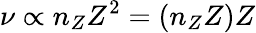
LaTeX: \nu\propto n_{Z}Z^{2}=(n_{Z}Z)Z